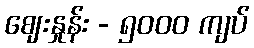
ဈေးနှုန်း - ၅၀၀၀ ကျပ်